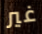
غير